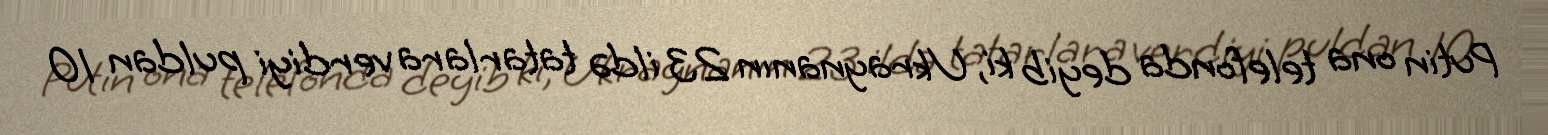
Putin ona telefonda deyib ki, Ukraynanın 23 ildə tatarlara verdiyi puldan 10